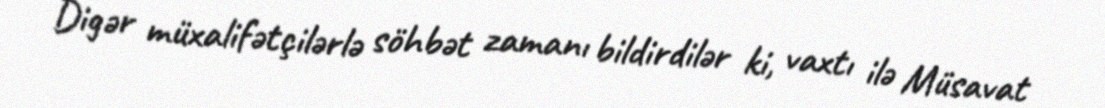
Digər müxalifətçilərlə söhbət zamanı bildirdilər ki, vaxtı ilə Müsavat